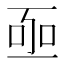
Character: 𠄸